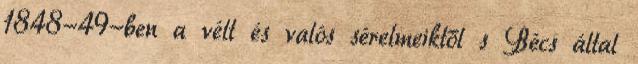
1848-49-ben a vélt és valós sérelmeiktől s Bécs által